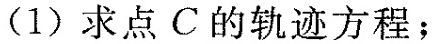
（1）求点C的轨迹方程；